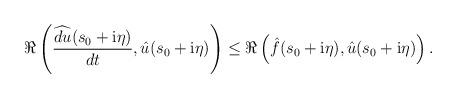
LaTeX: \begin{align*} \Re\left(\frac{\widehat{d u}(s_0+\mathrm{i}\eta)}{dt},\hat{u}(s_0+\mathrm{i}\eta)\right) \leq \Re\left(\hat{f}(s_0+\mathrm{i}\eta),\hat{u}(s_0+\mathrm{i}\eta)\right). \end{align*}